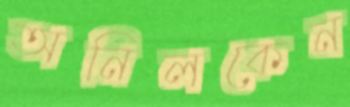
অনিলকেন